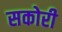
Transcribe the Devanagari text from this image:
सकोरी